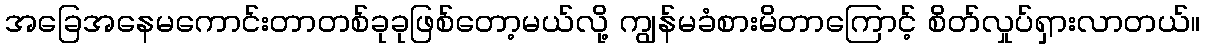
အခြေအနေမကောင်းတာတစ်ခုခုဖြစ်တော့မယ်လို့ ကျွန်မခံစားမိတာကြောင့် စိတ်လှုပ်ရှားလာတယ်။